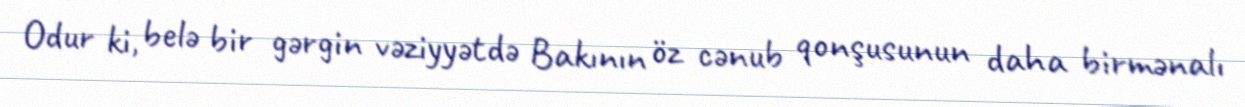
Odur ki, belə bir gərgin vəziyyətdə Bakının öz cənub qonşusunun daha birmənalı